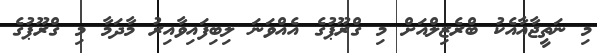
މި ނަތީޖާއާއެކު ބްރެޒިލްއަށް މި ގްރޫޕުގެ އެއްވަނަ ލިބިފައިވާއިރު މާދަމާ މި ގްރޫޕުގެ